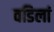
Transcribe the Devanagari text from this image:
वडिलां